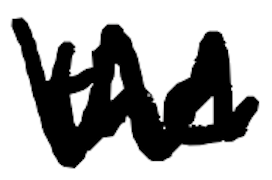
Text: the
Cross-out: zig-zag
Writing tool: digital_black